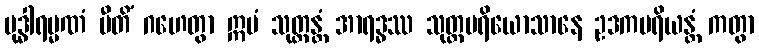
ဗုဒ္ဓါရမ္မဏံ ပီတိံ ဂဟေတွာ ဣမံ သုတ္တန္တံ အာရဒ္ဓဿ သုတ္တပရိယောသာနေ ဥဒကပရိယန္တံ ကတွာ